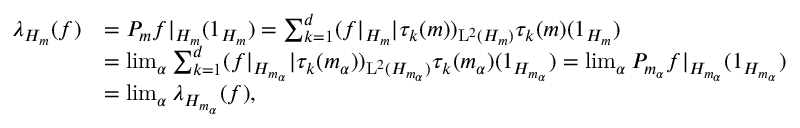
\begin{array} { r l } { \lambda _ { H _ { m } } ( f ) } & { = P _ { m } f | _ { H _ { m } } ( 1 _ { H _ { m } } ) = \sum _ { k = 1 } ^ { d } ( f | _ { H _ { m } } | \tau _ { k } ( m ) ) _ { \mathrm { L } ^ { 2 } ( H _ { m } ) } \tau _ { k } ( m ) ( 1 _ { H _ { m } } ) } \\ & { = \operatorname* { l i m } _ { \alpha } \sum _ { k = 1 } ^ { d } ( f | _ { H _ { m _ { \alpha } } } | \tau _ { k } ( m _ { \alpha } ) ) _ { \mathrm { L } ^ { 2 } ( H _ { m _ { \alpha } } ) } \tau _ { k } ( m _ { \alpha } ) ( 1 _ { H _ { m _ { \alpha } } } ) = \operatorname* { l i m } _ { \alpha } P _ { m _ { \alpha } } f | _ { H _ { m _ { \alpha } } } ( 1 _ { H _ { m _ { \alpha } } } ) } \\ & { = \operatorname* { l i m } _ { \alpha } \lambda _ { H _ { m _ { \alpha } } } ( f ) , } \end{array}